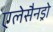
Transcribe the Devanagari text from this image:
एलेसैनड्रो